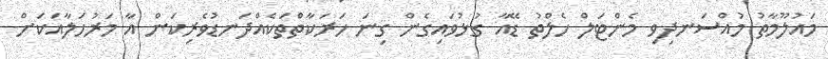
މައުލޫމާތު މުއްސަނދިވި މެންޓަލް ހެލްތު ޑޭއާ ގުޅުވައިގެން ގިނަ ހަރަކާތްތަކެއްދަނޑުވެރިކަން އާ މަރުހަލާއަކަށް